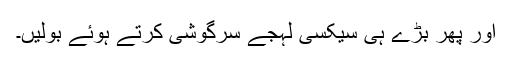
اور پھر بڑے ہی سیکسی لہجے سرگوشی کرتے ہوئے بولیں۔